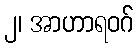
၂၊ အာဟာရဝဂ်